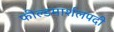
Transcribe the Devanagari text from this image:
फील्डमार्शलपदी